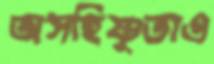
অসহিষ্ণুতাও